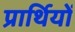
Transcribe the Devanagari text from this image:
प्रार्थियों